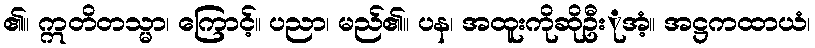
၏။ ဣတိတသ္မာ၊ ကြောင့်။ ပညာ၊ မည်၏။ ပန၊ အထူးကိုဆိုဦးုအံ့။ အဋ္ဌကထာယံ၊